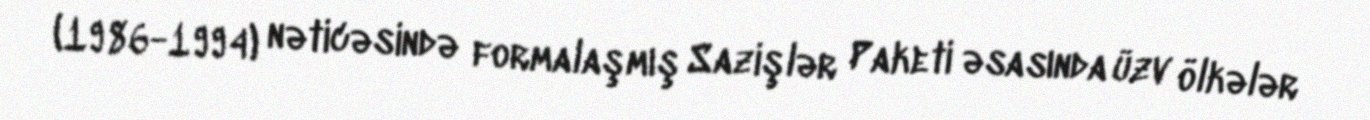
(1986-1994) nəticəsində formalaşmış Sazişlər Paketi əsasında üzv ölkələr